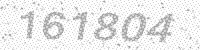
Solution: 161804